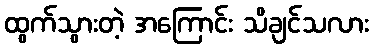
ထွက်သွားတဲ့ အကြောင်း သိချင်သလား